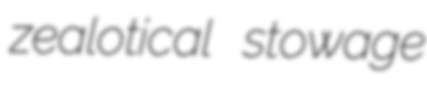
zealotical stowage